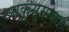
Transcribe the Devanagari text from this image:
रसकुसुमाकर